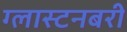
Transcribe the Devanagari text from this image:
ग्लास्टनबरी